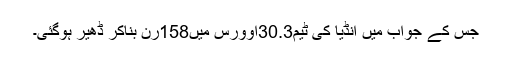
جس کے جواب میں انڈیا کی ٹیم30.3اوورس میں158رن بناکر ڈھیر ہوگئی۔